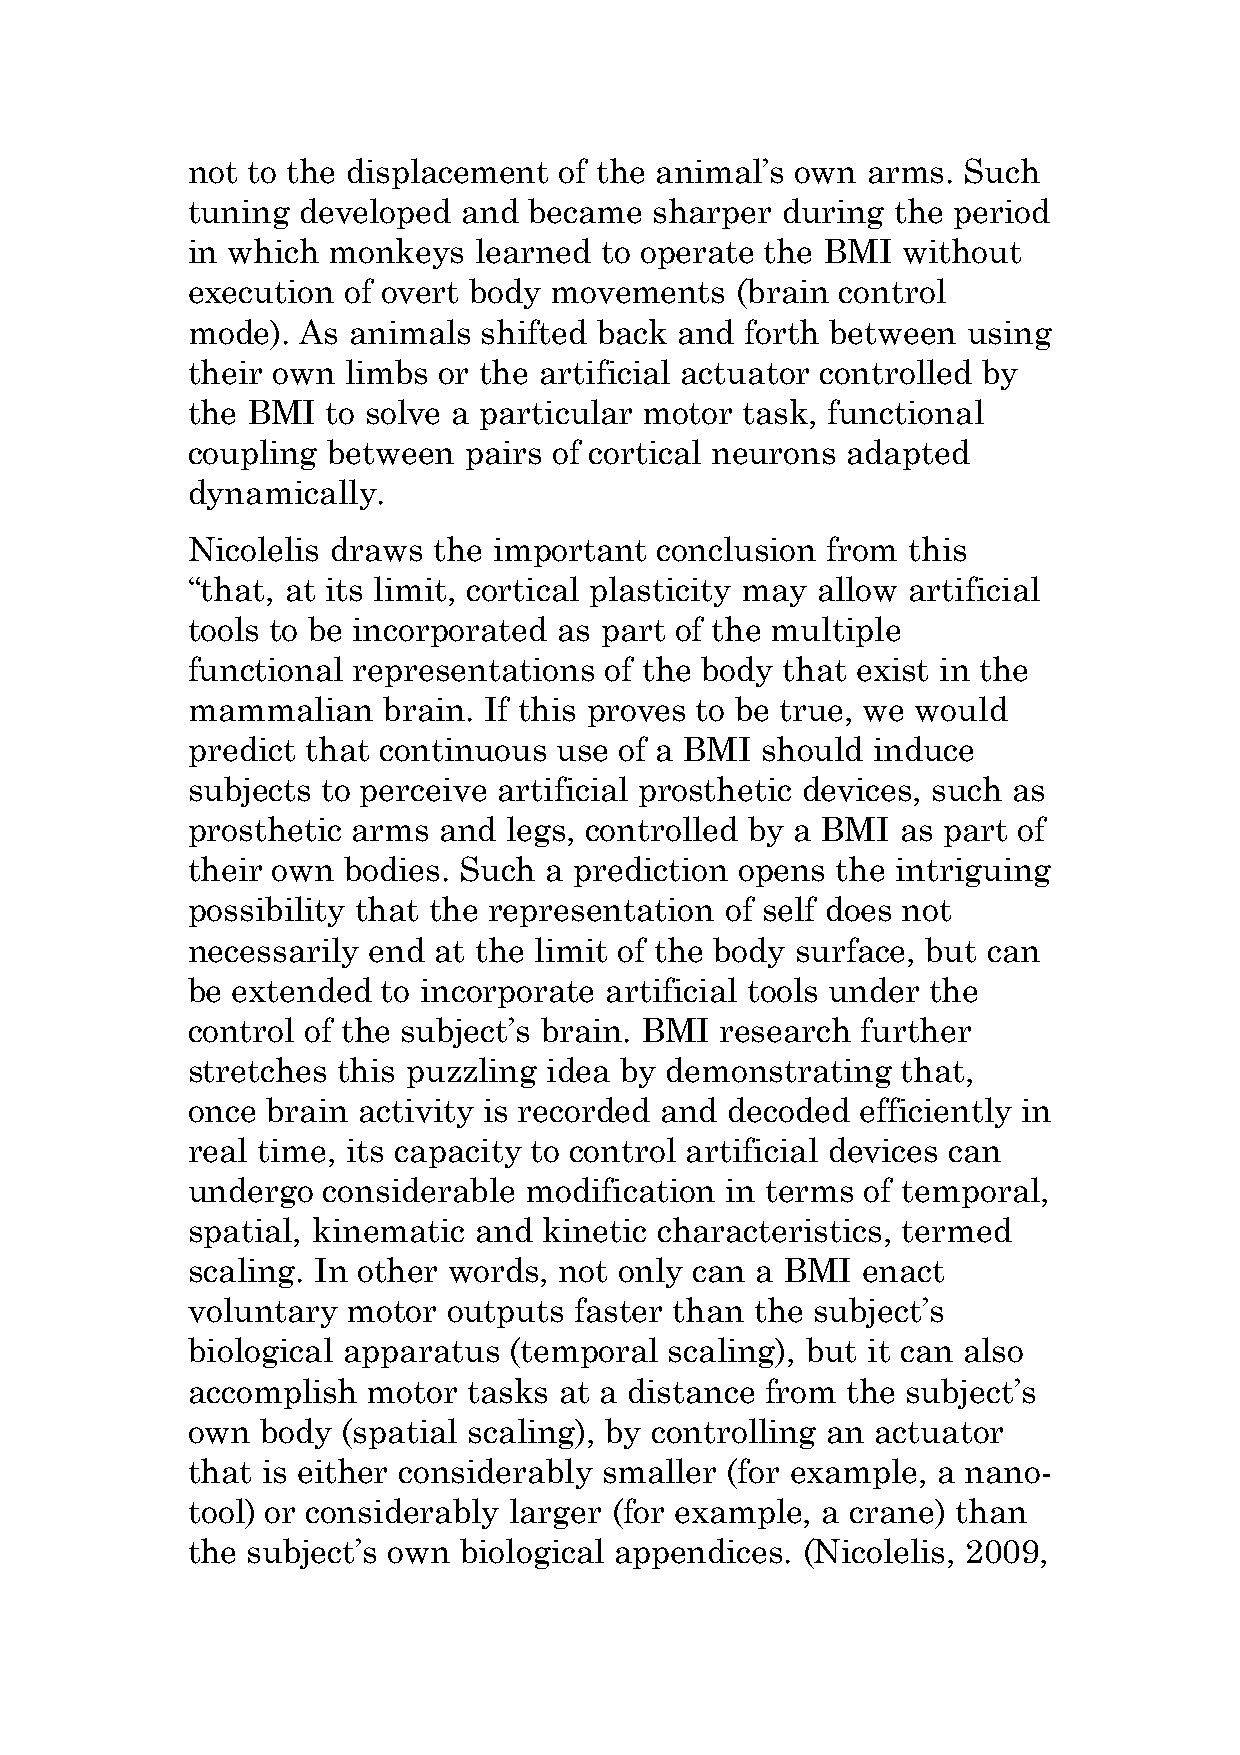
not to the displacement  of the animal’s own arms.  Such
 tuning  developed  and became  sharper  during the period
 in which  monkeys  learned  to operate the BMI  without
 execution  of overt body movements   (brain control
 mode).  As animals  shifted back and forth between  using
 their own  limbs or the artificial actuator controlled by
 the BMI   to solve a particular motor task, functional
 coupling  between  pairs of cortical neurons adapted
 dynamically.
 Nicolelis draws  the important conclusion  from this
 “that, at its limit, cortical plasticity may allow artificial
 tools to be incorporated as part of the multiple
 functional representations  of the body that exist in the
 mammalian    brain. If this proves to be true, we would
 predict that continuous  use of a BMI should  induce
 subjects to perceive artificial prosthetic devices, such as
 prosthetic arms  and  legs, controlled by a BMI as part of
 their own  bodies. Such a prediction opens the intriguing
 possibility that the representation of self does not
 necessarily end  at the limit of the body surface, but can
 be extended  to incorporate artificial tools under the
 control of the subject’s brain. BMI research further
 stretches this puzzling idea by demonstrating   that,
 once  brain activity is recorded and decoded efficiently in
 real time, its capacity to control artificial devices can
 undergo  considerable  modification in terms of temporal,
 spatial, kinematic and  kinetic characteristics, termed
 scaling. In other words, not only can a BMI  enact
 voluntary  motor  outputs faster than the subject’s
 biological apparatus  (temporal scaling), but it can also
 accomplish  motor  tasks at a distance from the subject’s
 own  body  (spatial scaling), by controlling an actuator
 that is either considerably smaller (for example, a nano-
 tool) or considerably larger (for example, a crane) than
 the subject’s own biological appendices. (Nicolelis, 2009,